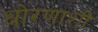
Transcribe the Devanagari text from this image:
धोरणाशी